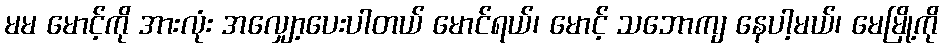
မမ မောင့်ကို အားလုံး အလျှော့ပေးပါတယ် မောင်ရယ်၊ မောင့် သဘောကျ နေပါ့မယ်၊ မေမြို့ကို